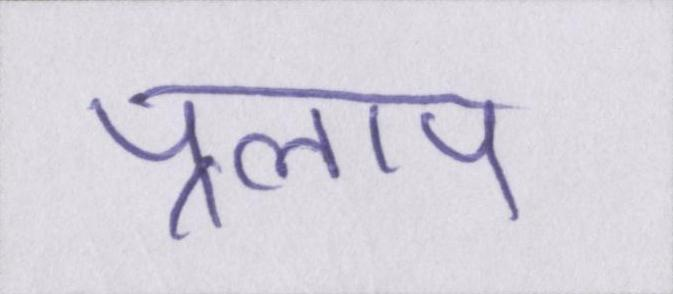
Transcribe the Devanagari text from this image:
प्रलाप